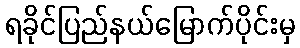
ရခိုင်ပြည်နယ်မြောက်ပိုင်းမှ